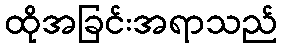
ထိုအခြင်းအရာသည်